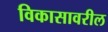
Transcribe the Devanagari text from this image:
विकासावरील